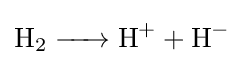
{\ce {H2 -> H+ + H-}}